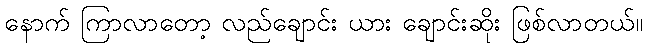
နောက် ကြာလာတော့ လည်ချောင်း ယား ချောင်းဆိုး ဖြစ်လာတယ်။